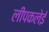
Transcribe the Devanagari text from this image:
लीपकलेई